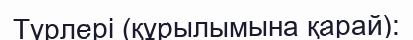
Түрлері (құрылымына қарай):